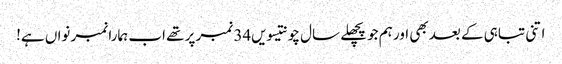
اتنی تباہی کے بعد بھی اور ہم جو پچھلے سال چونتیسویں34 نمبر پر تھے اب ہمارا نمبر نواں ہے!